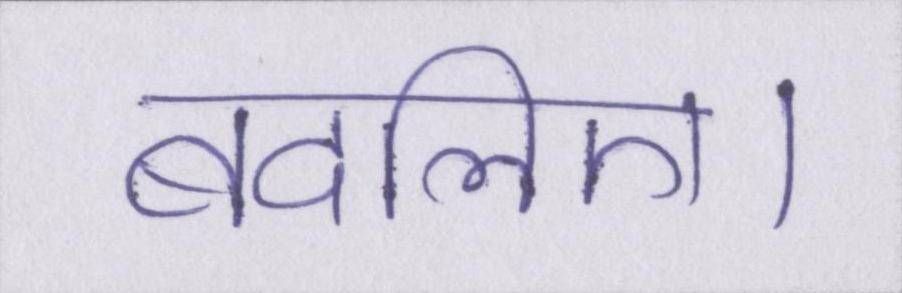
बदलिए।